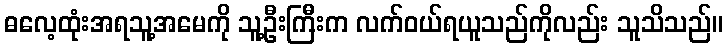
ဓလေ့ထုံးအရသူ့အမေကို သူ့ဦးကြီးက လက်ဝယ်ရယူသည်ကိုလည်း သူသိသည်။